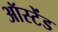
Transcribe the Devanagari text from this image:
ऑस्टेंड